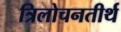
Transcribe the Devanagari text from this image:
त्रिलोचनतीर्थ